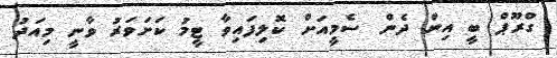
ގްރޫޕް ބީ އިން ދެން ސެމީއަށް ކޮލިފައިވާ ޓީމު ކަށަވަރު ވާނީ މިއަދު